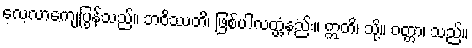
လေ့လာကျေပြွန်သည်။ ဘဝိဿတိ၊ ဖြစ်ပါလတ္တံ့နည်း။ ဣတိ၊ သို့။ ဝတ္တာ၊ သည်။